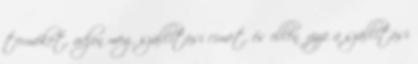
terméket, adjon meg szállítási címet, és ellenőrizze a szállítási